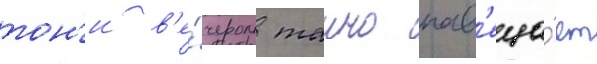
тон'и в'е́чером таино нав'еща́ет